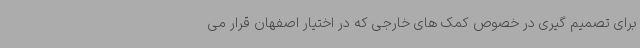
برای تصمیم گیری در خصوص کمک های خارجی که در اختیار اصفهان قرار می